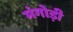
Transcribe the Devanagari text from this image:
मंगोड़ी